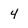
Character: 4